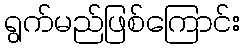
ရွက်မည်ဖြစ်ကြောင်း